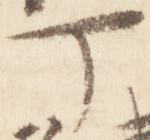
丁